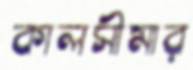
কালসীমার